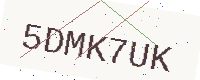
Text: 5DMK7UK